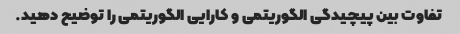
تفاوت بین پیچیدگی الگوریتمی و کارایی الگوریتمی را توضیح دهید.